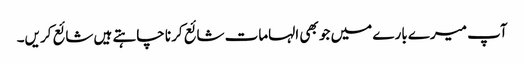
آپ میرے بارے میں جو بھی الہامات شائع کرنا چاہتے ہیں شائع کریں۔